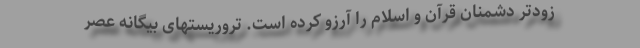
زودتر دشمنان قرآن و اسلام را آرزو کرده است. تروریستهای بیگانه عصر